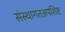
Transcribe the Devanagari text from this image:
संस्थागतअपशिष्ट